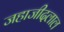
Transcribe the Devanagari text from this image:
जहाजीदलाल